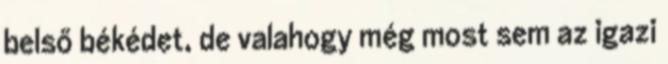
belső békédet, de valahogy még most sem az igazi